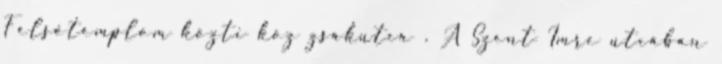
Felsőtemplom közti köz zsákutca . A Szent Imre utcában